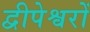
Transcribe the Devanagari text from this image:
द्वीपेश्वरों